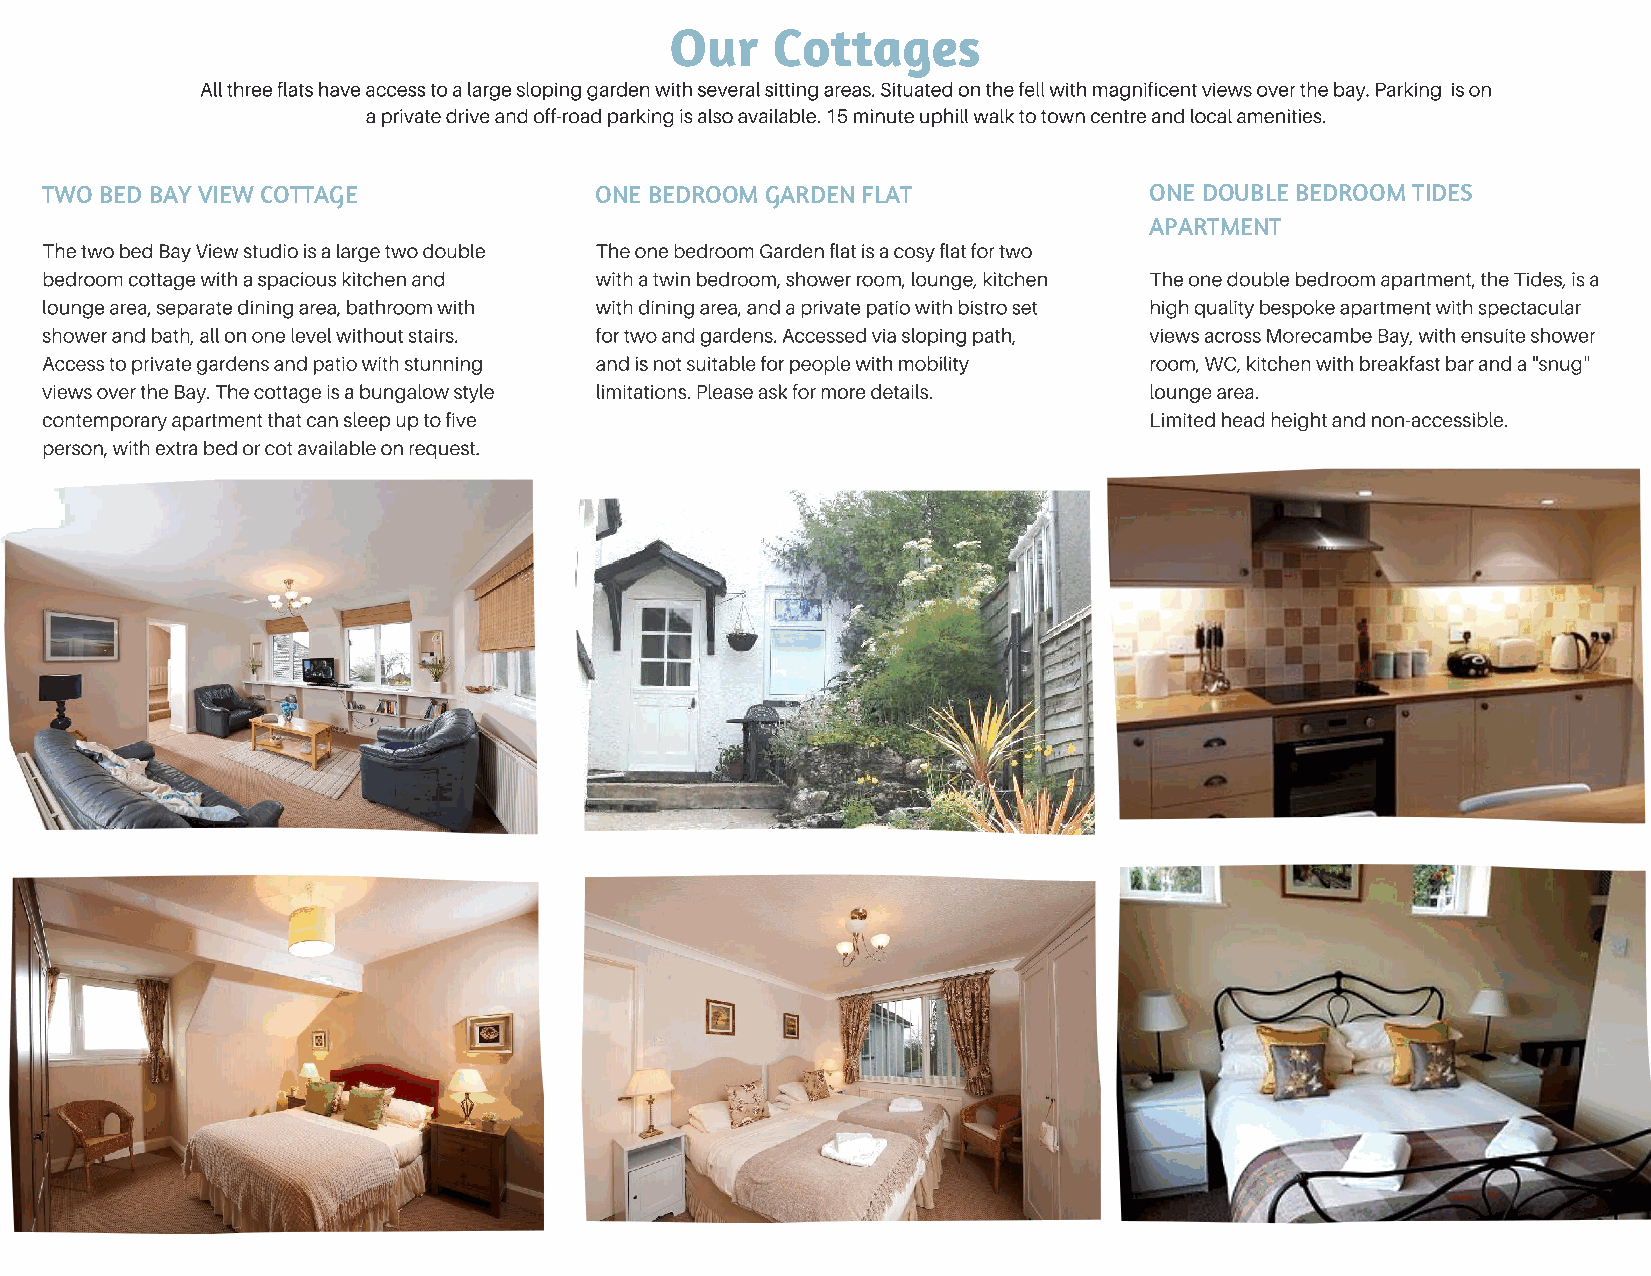
Our    Cottages
 All three flats have access to a large sloping garden with several sitting areas. Situated on the fell with magnificent views over the bay. Parking is on
 a private drive and off-road parking is also available. 15 minute uphill walk to town centre and local amenities.
 TWO BED BAY VIEW COTTAGE            ONE BEDROOM GARDEN FLAT              ONE DOUBLE BEDROOM TIDES
 APARTMENT
 The two bed Bay View studio is a large two double The one bedroom Garden flat is a cosy flat for two
 bedroom cottage with a spacious kitchen and with a twin bedroom, shower room, lounge, kitchen The one double bedroom apartment, the Tides, is a
 lounge area, separate dining area, bathroom with with dining area, and a private patio with bistro set high quality bespoke apartment with spectacular
 shower and bath, all on one level without stairs. for two and gardens. Accessed via sloping path, views across Morecambe Bay, with ensuite shower
 Access to private gardens and patio with stunning and is not suitable for people with mobility room, WC, kitchen with breakfast bar and a "snug"
 views over the Bay. The cottage is a bungalow style limitations. Please ask for more details. lounge area.
 contemporary apartment that can sleep up to five                         Limited head height and non-accessible.
 person, with extra bed or cot available on request.